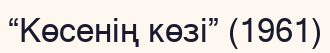
“Көсенің көзі” (1961)